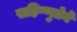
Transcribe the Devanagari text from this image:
सहिष्णुतेने